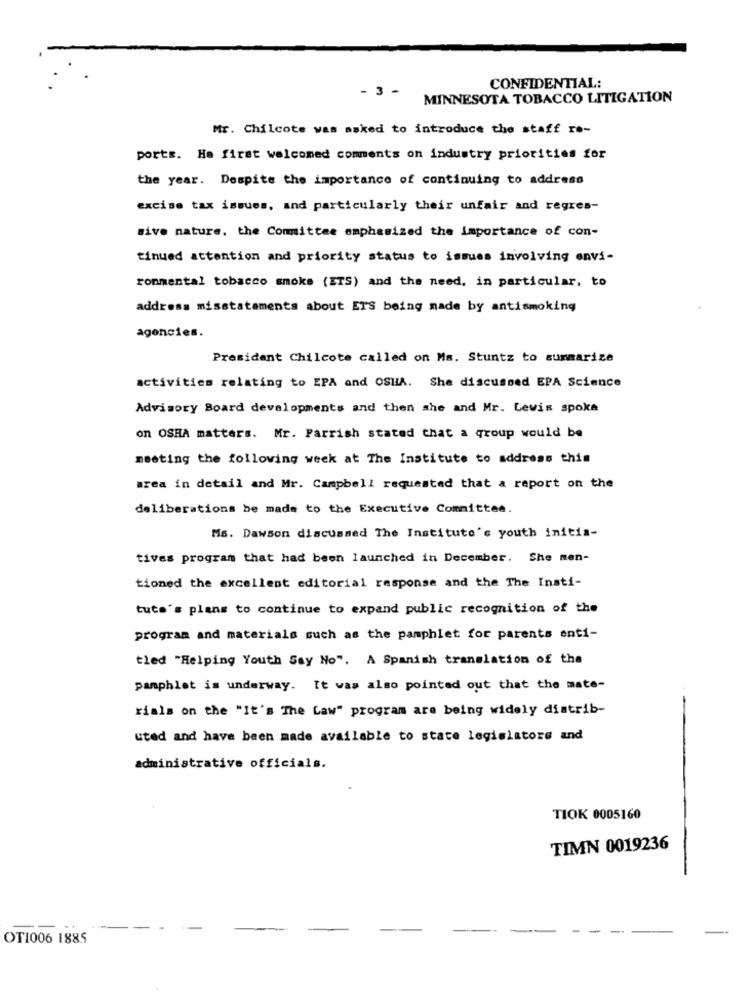
CONFIDENTIAL:
- 3 -
MINNESOTA TOBACCO LITIGATION
Mr. Chilcote was asked to introduce the staff re-
ports. He first welcomed comments on industry priorities for
the year. Despite the importance of continuing to address
excise tax issues, and particularly their unfair and regres-
sive nature, the Committee emphasized the importance of con-
tinued attention and priority status to issues involving envi-
ronmental tobacco smoke (ETS) and the need, in particular, to
address misstatements about ETS being made by antismoking
agencies.
President Chilcote called on Ms. Stuntz to summarize
activities relating to EPA and OSHA. She discussed EPA Science
Advisory Board developments and then she and Mr. Lewis spoka
on OSHA matters. Mr. Parrish stated that a group would be
meeting the following week at The Institute to address this
area in detail and Mr. Campbell requested that a report on the
deliberations be made to the Executive Committee.
Ms. Dawson discussed The Institute's youth initia-
tives program that had been launched in December. She men-
tioned the excellent editorial response and the The Insti-
tuta's plans to continue to expand public recognition of the
program and materials such as the pamphlet for parents enti-
tled "Helping Youth Say No". A Spanish translation of the
pamphlet is underway. It was also pointed out that the mate-
rials on the "It's The Law" program are being widely distrib-
uted and have been made available to state legislators and
administrative officials.
TIOK 0005160
TIMN 0019236
-
-
OTI006 1885